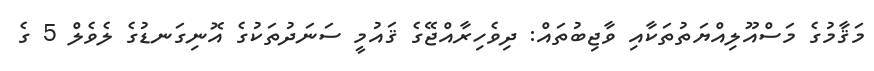
މަޤާމުގެ މަސްއޫލިއްޔަތުތަކާއި ވާޖިބުތައް: ދިވެހިރާއްޖޭގެ ޤައުމީ ސަނަދުތަކުގެ އޮނިގަނޑުގެ ލެވެލް 5 ގެ